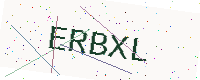
Text: ERBXL